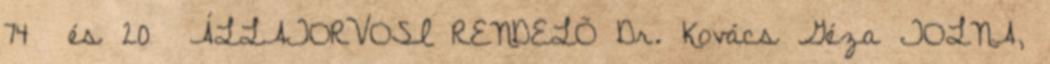
74 és 20 ÁLLATORVOSI RENDELÕ Dr. Kovács Géza TOLNA,